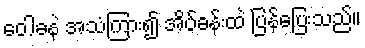
ဝေါခနဲ အသံကြား၍ အိပ်ခန်းထဲ ပြန်ပြေးသည်။